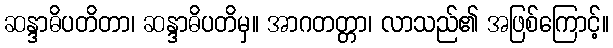
ဆန္ဒာဓိပတိတာ၊ ဆန္ဒာဓိပတိမှ။ အာဂတတ္တာ၊ လာသည်၏ အဖြစ်ကြောင့်။